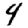
Digit: 4